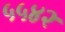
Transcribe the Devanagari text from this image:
५५४२